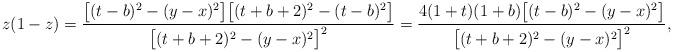
LaTeX: \begin{align*}z(1-z) & = \frac{\big[(t-b)^2-(y-x)^2\big]\big[(t+b+2)^2-(t-b)^2\big]}{\big[(t+b+2)^2-(y-x)^2\big]^2}= \frac{4(1+t)(1+b)\big[(t-b)^2-(y-x)^2\big]}{\big[(t+b+2)^2-(y-x)^2\big]^2}, \end{align*}